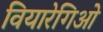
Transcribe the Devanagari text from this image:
वियारेगिओ